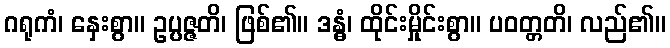
ဂရုကံ၊ နှေးစွာ။ ဥပ္ပဇ္ဇတိ၊ ဖြစ်၏။ ဒန္ဓံ၊ ထိုင်းမှိုင်းစွာ။ ပဝတ္တတိ၊ လည်၏။